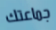
جماعتك